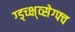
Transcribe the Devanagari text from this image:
ग्ड्च्क्ष्व्सेग्फ्व